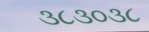
૩૮૩૦૩૮